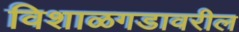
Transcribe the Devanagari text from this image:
विशाळगडावरील